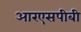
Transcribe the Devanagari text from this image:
आरएसपीबी